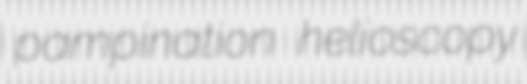
pampination helioscopy